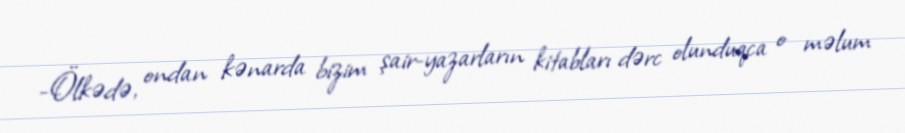
-Ölkədə, ondan kənarda bizim şair-yazarların kitabları dərc olunduqca o məlum